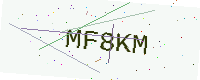
Text: MF8KM